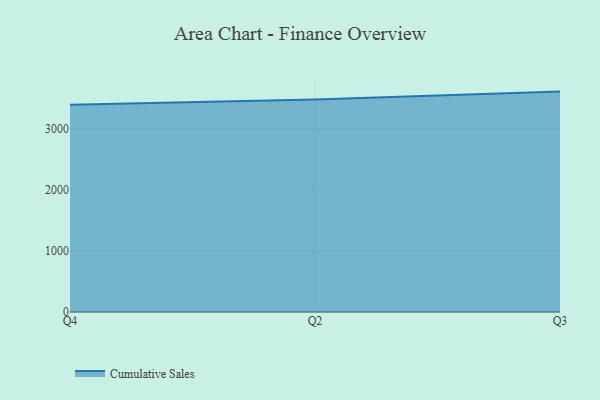
{"axis": {"x": "Quarter", "y": "Churn Rate (%)"}, "legend": ["Cumulative Sales"], "data": [{"x": "Q4", "y": 3400.1, "type": "Cumulative Sales"}, {"x": "Q2", "y": 3487.8, "type": "Cumulative Sales"}, {"x": "Q3", "y": 3617.0, "type": "Cumulative Sales"}]}